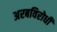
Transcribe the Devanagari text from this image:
अरबविरोधी